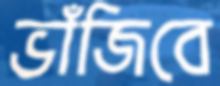
ভাঁজিবে